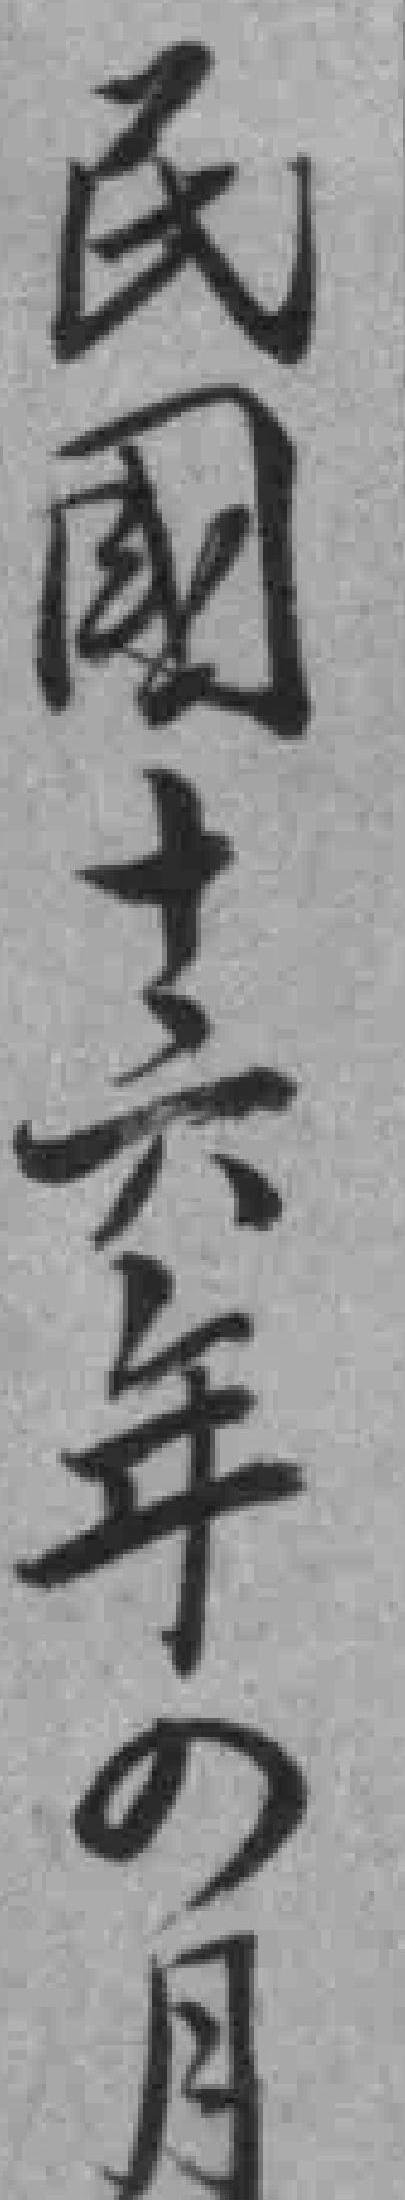
民日十六年四月